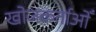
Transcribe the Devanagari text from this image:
खोजकर्ताओँ